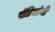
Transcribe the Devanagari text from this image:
पंडितांनीं